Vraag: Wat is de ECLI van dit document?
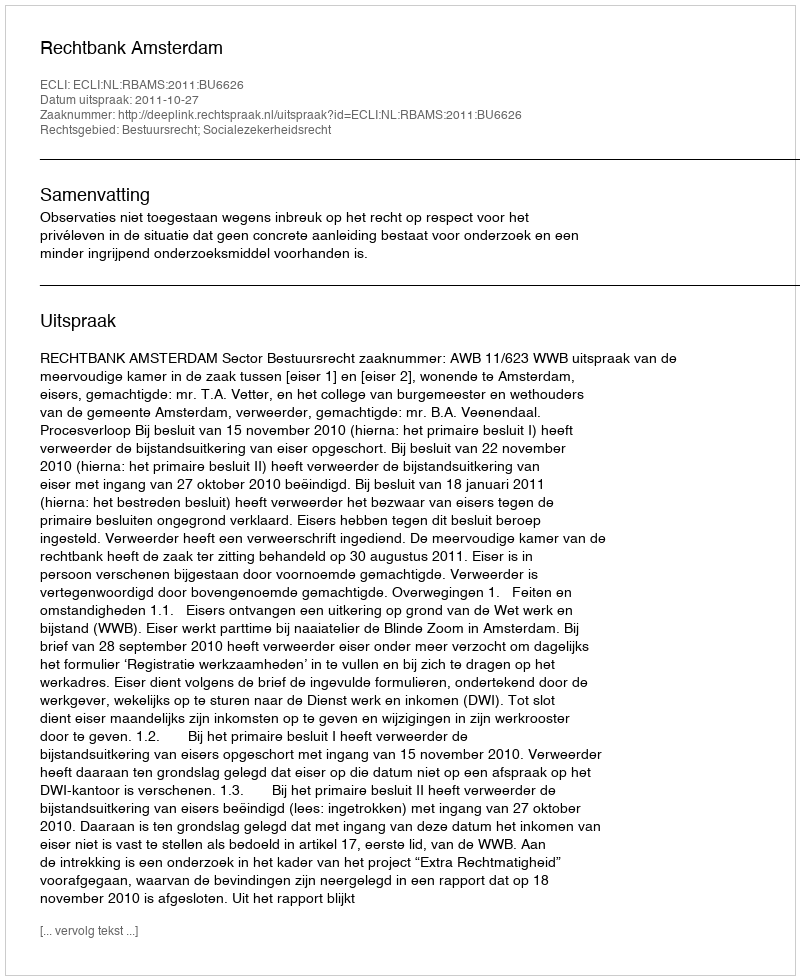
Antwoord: ECLI:NL:RBAMS:2011:BU6626